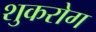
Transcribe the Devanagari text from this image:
शुकरोग